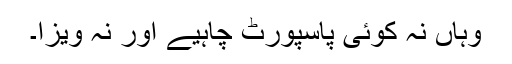
وہاں نہ کوئی پاسپورٹ چاہیے اور نہ ویزا۔